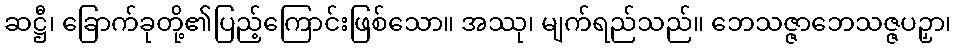
ဆဋ္ဌီ၊ ခြောက်ခုတို့၏ပြည့်ကြောင်းဖြစ်သော။ အဿု၊ မျက်ရည်သည်။ ဘေသဇ္ဇာဘေသဇ္ဇပဉှာ၊